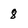
Character: 8